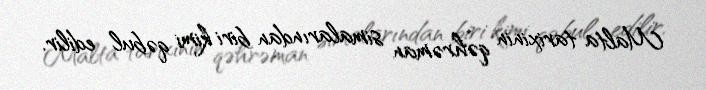
Malta tarixinin qəhrəman simalarından biri kimi qəbul edilir.